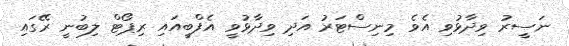
ނަސީރު ވިދާޅުވި އެވެ މިނިސްޓަރު އަދި ވިދާޅުވީ އެފްބީއައި ރިޕޯޓް ލިބުނީ ރޭގައި